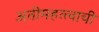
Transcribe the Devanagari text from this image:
अतीमहत्त्वाची